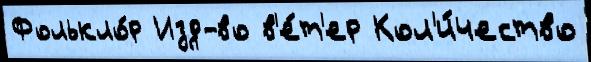
Фолькло́р Изд-во в'е́т'ер Кол'и́чество